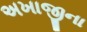
અખાજીના